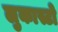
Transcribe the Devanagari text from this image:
लुकास्टो